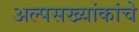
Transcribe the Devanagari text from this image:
अल्पसख्यांकांचे